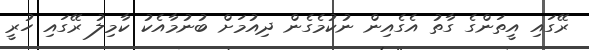
ރޭގައި އީތަންގެ ގާތު އެގެއިން ނުކުމެގެން ދިއުމަށް ބުނުމާއެކު ކާމިލު ރޭގައި ހުރީ